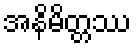
အနိမိတ္တဿ